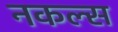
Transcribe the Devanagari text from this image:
नकल्स